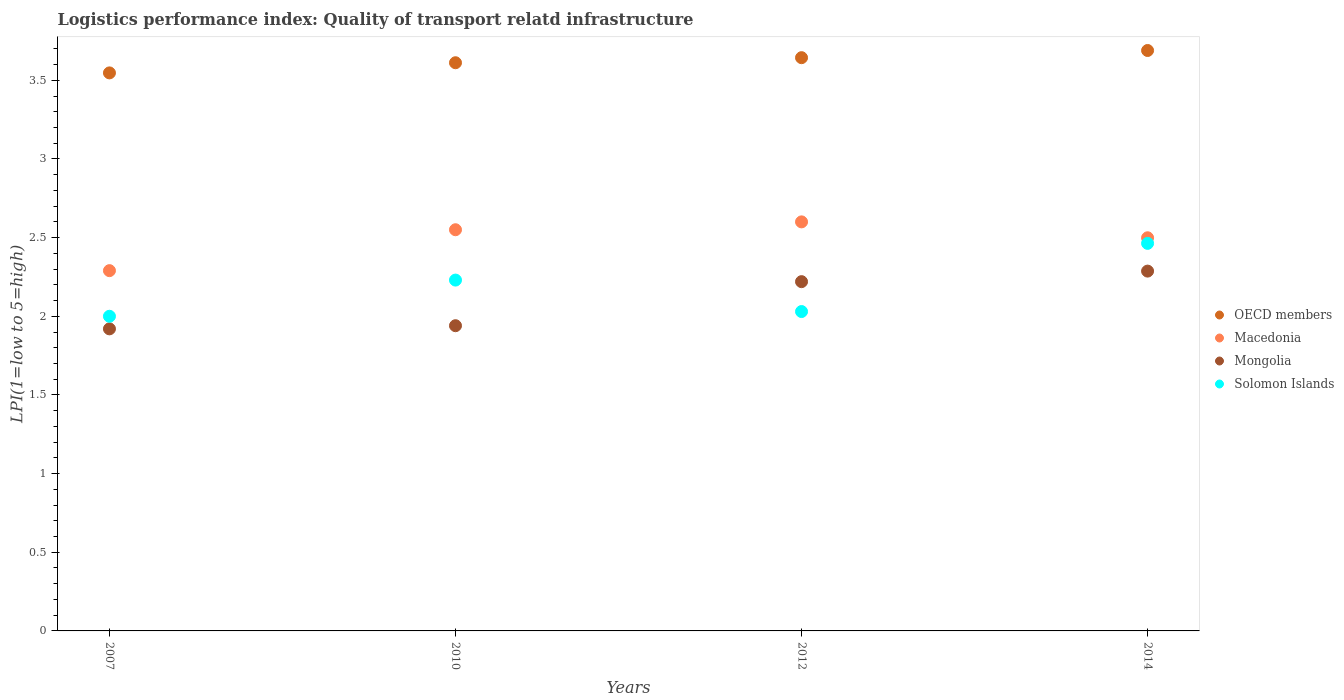
| Years | OECD members | Macedonia | Mongolia | Solomon Islands |
 | --- | --- | --- | --- | --- |
 | 2007 | 3.55 | 2.29 | 1.92 | 2 |
 | 2010 | 3.61 | 2.55 | 1.94 | 2.23 |
 | 2012 | 3.64 | 2.6 | 2.22 | 2.03 |
 | 2014 | 3.69 | 2.5 | 2.29 | 2.46 |